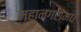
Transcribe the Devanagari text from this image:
महानगरांमधे